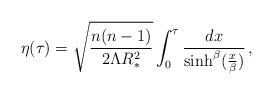
LaTeX: \begin{align*}\eta(\tau)=\sqrt{n(n-1)\over 2\Lambda R_*^2} \int_0^\tau {dx\over \sinh^\beta ({x\over\beta})} \, ,\end{align*}